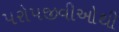
પરોપજીવીઓથી